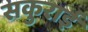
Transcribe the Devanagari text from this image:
सकुराई